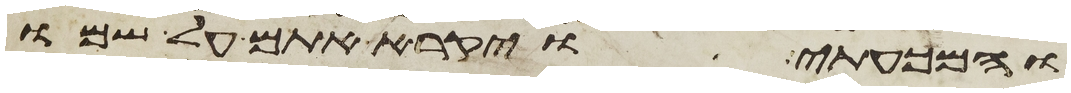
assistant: והמכעתי ויקרא אתם על שמו